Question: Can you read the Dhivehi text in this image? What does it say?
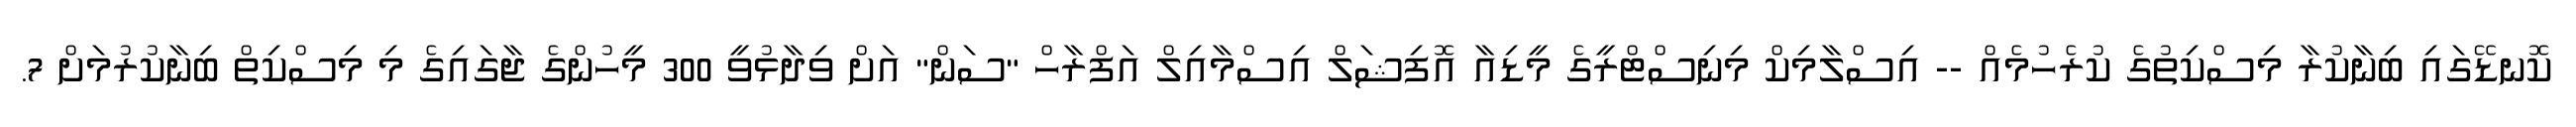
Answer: ކޮނޑޭގައި ބިނާކުރާ މިސްކިތުގެ ކުރެހުމެއް -- އިސްލާމިކް މިނިސްޓްރީގެ މީޑިއާ އޮފިޝަލް އިސްމާއިލް އަފްރާހް "ސަން" އަށް ވިދާޅުވީ 300 މީހުންގެ ޖާގައިގެ މި މިސްކިތް ބިނާކުރުމަށް 7.